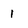
Character: 1